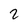
Character: 2